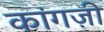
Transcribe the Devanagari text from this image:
कांगज़ी